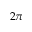
2 \pi